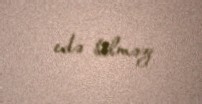
edə bilməz.